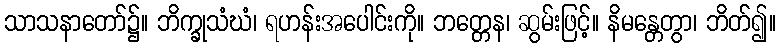
သာသနာတော်၌။ ဘိက္ခုသံဃံ၊ ရဟန်းအပေါင်းကို။ ဘတ္တေန၊ ဆွမ်းဖြင့်။ နိမန္တေတွာ၊ ဘိတ်၍။